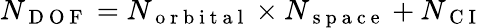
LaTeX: N_{\mathrm{~D~O~F~}}=N_{\mathrm{~o~r~b~i~t~a~l~}}\times N_{\mathrm{~s~p~a~c~e~}}+N_{\mathrm{~C~I~}}